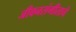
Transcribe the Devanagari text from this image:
जीवनसंगीताचे